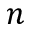
n